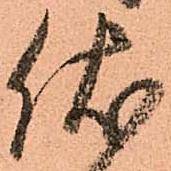
伏